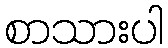
စာသားပါ